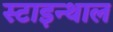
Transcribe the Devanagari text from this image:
स्टाइन्थाल